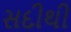
સદીથી